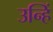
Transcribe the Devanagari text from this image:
उन्हिं